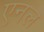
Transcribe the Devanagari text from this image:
एनल